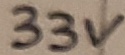
Text: 33V